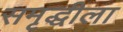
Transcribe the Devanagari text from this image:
समृद्धीला